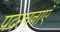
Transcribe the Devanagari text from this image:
पदरचनाएँ